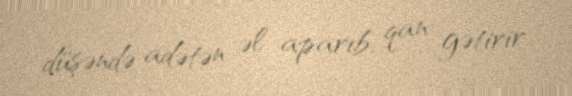
düşəndə adətən əl aparıb, qan gətirir.